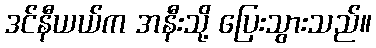
ဒင်နီယယ်က အနီးသို့ ပြေးသွားသည်။